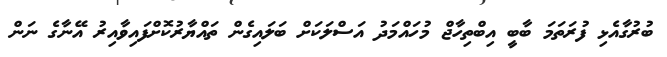
ބުރުގާއެޅި ފުރަތަމަ ބާބީ އިބްތިހާޖް މުހައްމަދު އަސްލަކަަށް ބަލައިގެން ތައްޔާރުކޮށްފައިވާއިރު އޭނާގެ ނަން